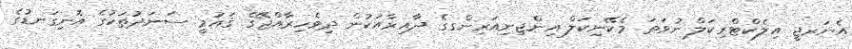
އެނަރޖީ އިލެކްޓްރިކަލް ނުވަތަ މެކޭނިކަލް އިންޖިނިއަރިންގގެ ދާއިރާއަކުން ދިވެހިރާއްޖޭގެ ޤައުމީ ސަނަދުތަކުގެ އޮނިގަނޑުގެ